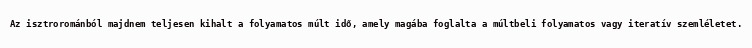
Az isztrorománból majdnem teljesen kihalt a folyamatos múlt idő, amely magába foglalta a múltbeli folyamatos vagy iteratív szemléletet.